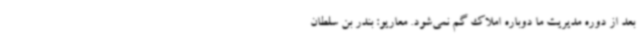
بعد از دوره مدیریت ما دوباره‌ املاک گم نمی‌شود. معاریو: بندر بن سلطان